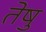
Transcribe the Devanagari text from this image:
तेषु